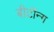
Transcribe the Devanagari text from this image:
बीटॉन्ग